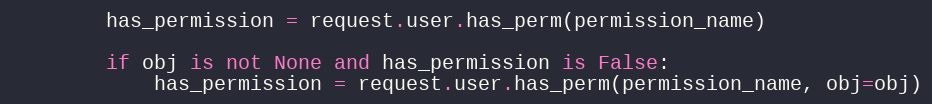
Language: Python
        has_permission = request.user.has_perm(permission_name)

        if obj is not None and has_permission is False:
            has_permission = request.user.has_perm(permission_name, obj=obj)